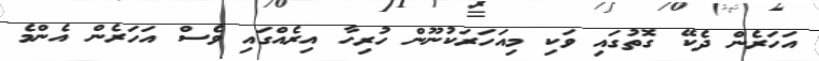
އަހަރެން ދެކޭ ގޮތުގައި ވަކި މިއަހަރަކުނޫން ހުރިހާ އިރެއްގައި ވެސް އަހަރެން އެންމެ